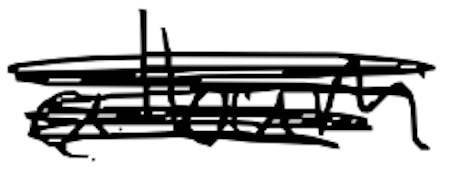
Text: album
Cross-out: scratch
Writing tool: digital_black